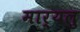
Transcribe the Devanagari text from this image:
मार्यलु